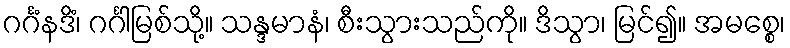
ဂင်္ဂံနဒိံ၊ ဂင်္ဂါမြစ်သို့။ သန္ဒမာနံ၊ စီးသွားသည်ကို။ ဒိသွာ၊ မြင်၍။ အမစ္စေ၊